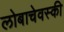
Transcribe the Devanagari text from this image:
लोबाचेवस्की